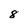
Character: 8